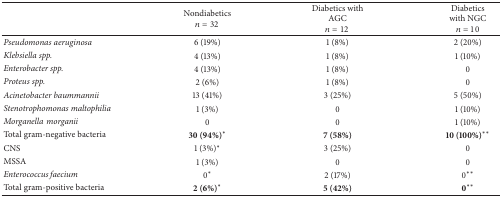
<table><thead><tr><td><b> </b></td><td><b>Nondiabetics<i>n</i> = 32</b></td><td><b>Diabeticswith AGC<i>n</i> = 12</b></td><td><b>Diabetics with NGC<i>n</i> = 10</b></td></tr></thead><tbody><tr><td><i>Pseudomonas aeruginosa </i></td><td>6 (19%)</td><td>1 (8%)</td><td>2 (20%)</td></tr><tr><td><i>Klebsiella spp. </i></td><td>4 (13%)</td><td>1 (8%)</td><td>1 (10%)</td></tr><tr><td><i>Enterobacter spp. </i></td><td>4 (13%)</td><td>1 (8%)</td><td>0</td></tr><tr><td><i>Proteus spp. </i></td><td>2 (6%)</td><td>1 (8%)</td><td>0</td></tr><tr><td><i>Acinetobacter baummannii </i></td><td>13 (41%)</td><td>3 (25%)</td><td>5 (50%)</td></tr><tr><td><i>Stenotrophomonas maltophilia </i></td><td>1 (3%)</td><td>0</td><td>1 (10%)</td></tr><tr><td><i>Morganellamorganii </i></td><td>0</td><td>0</td><td>1 (10%)</td></tr><tr><td>Total gram-negative bacteria</td><td><b>30 (94%)</b>*</td><td><b>7 (58%)</b></td><td><b>10 (100%)</b>**</td></tr><tr><td>CNS</td><td>1 (3%)*</td><td>3 (25%)</td><td>0</td></tr><tr><td>MSSA </td><td>1 (3%)</td><td>0</td><td>0</td></tr><tr><td><i>Enterococcus faecium </i></td><td>0*</td><td>2 (17%)</td><td>0**</td></tr><tr><td>Total gram-positive bacteria </td><td><b>2 (6%)</b>*</td><td><b>5 (42%)</b></td><td><b>0</b>**</td></tr></tbody></table>